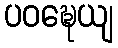
ပဝဍ္ဎေယျ